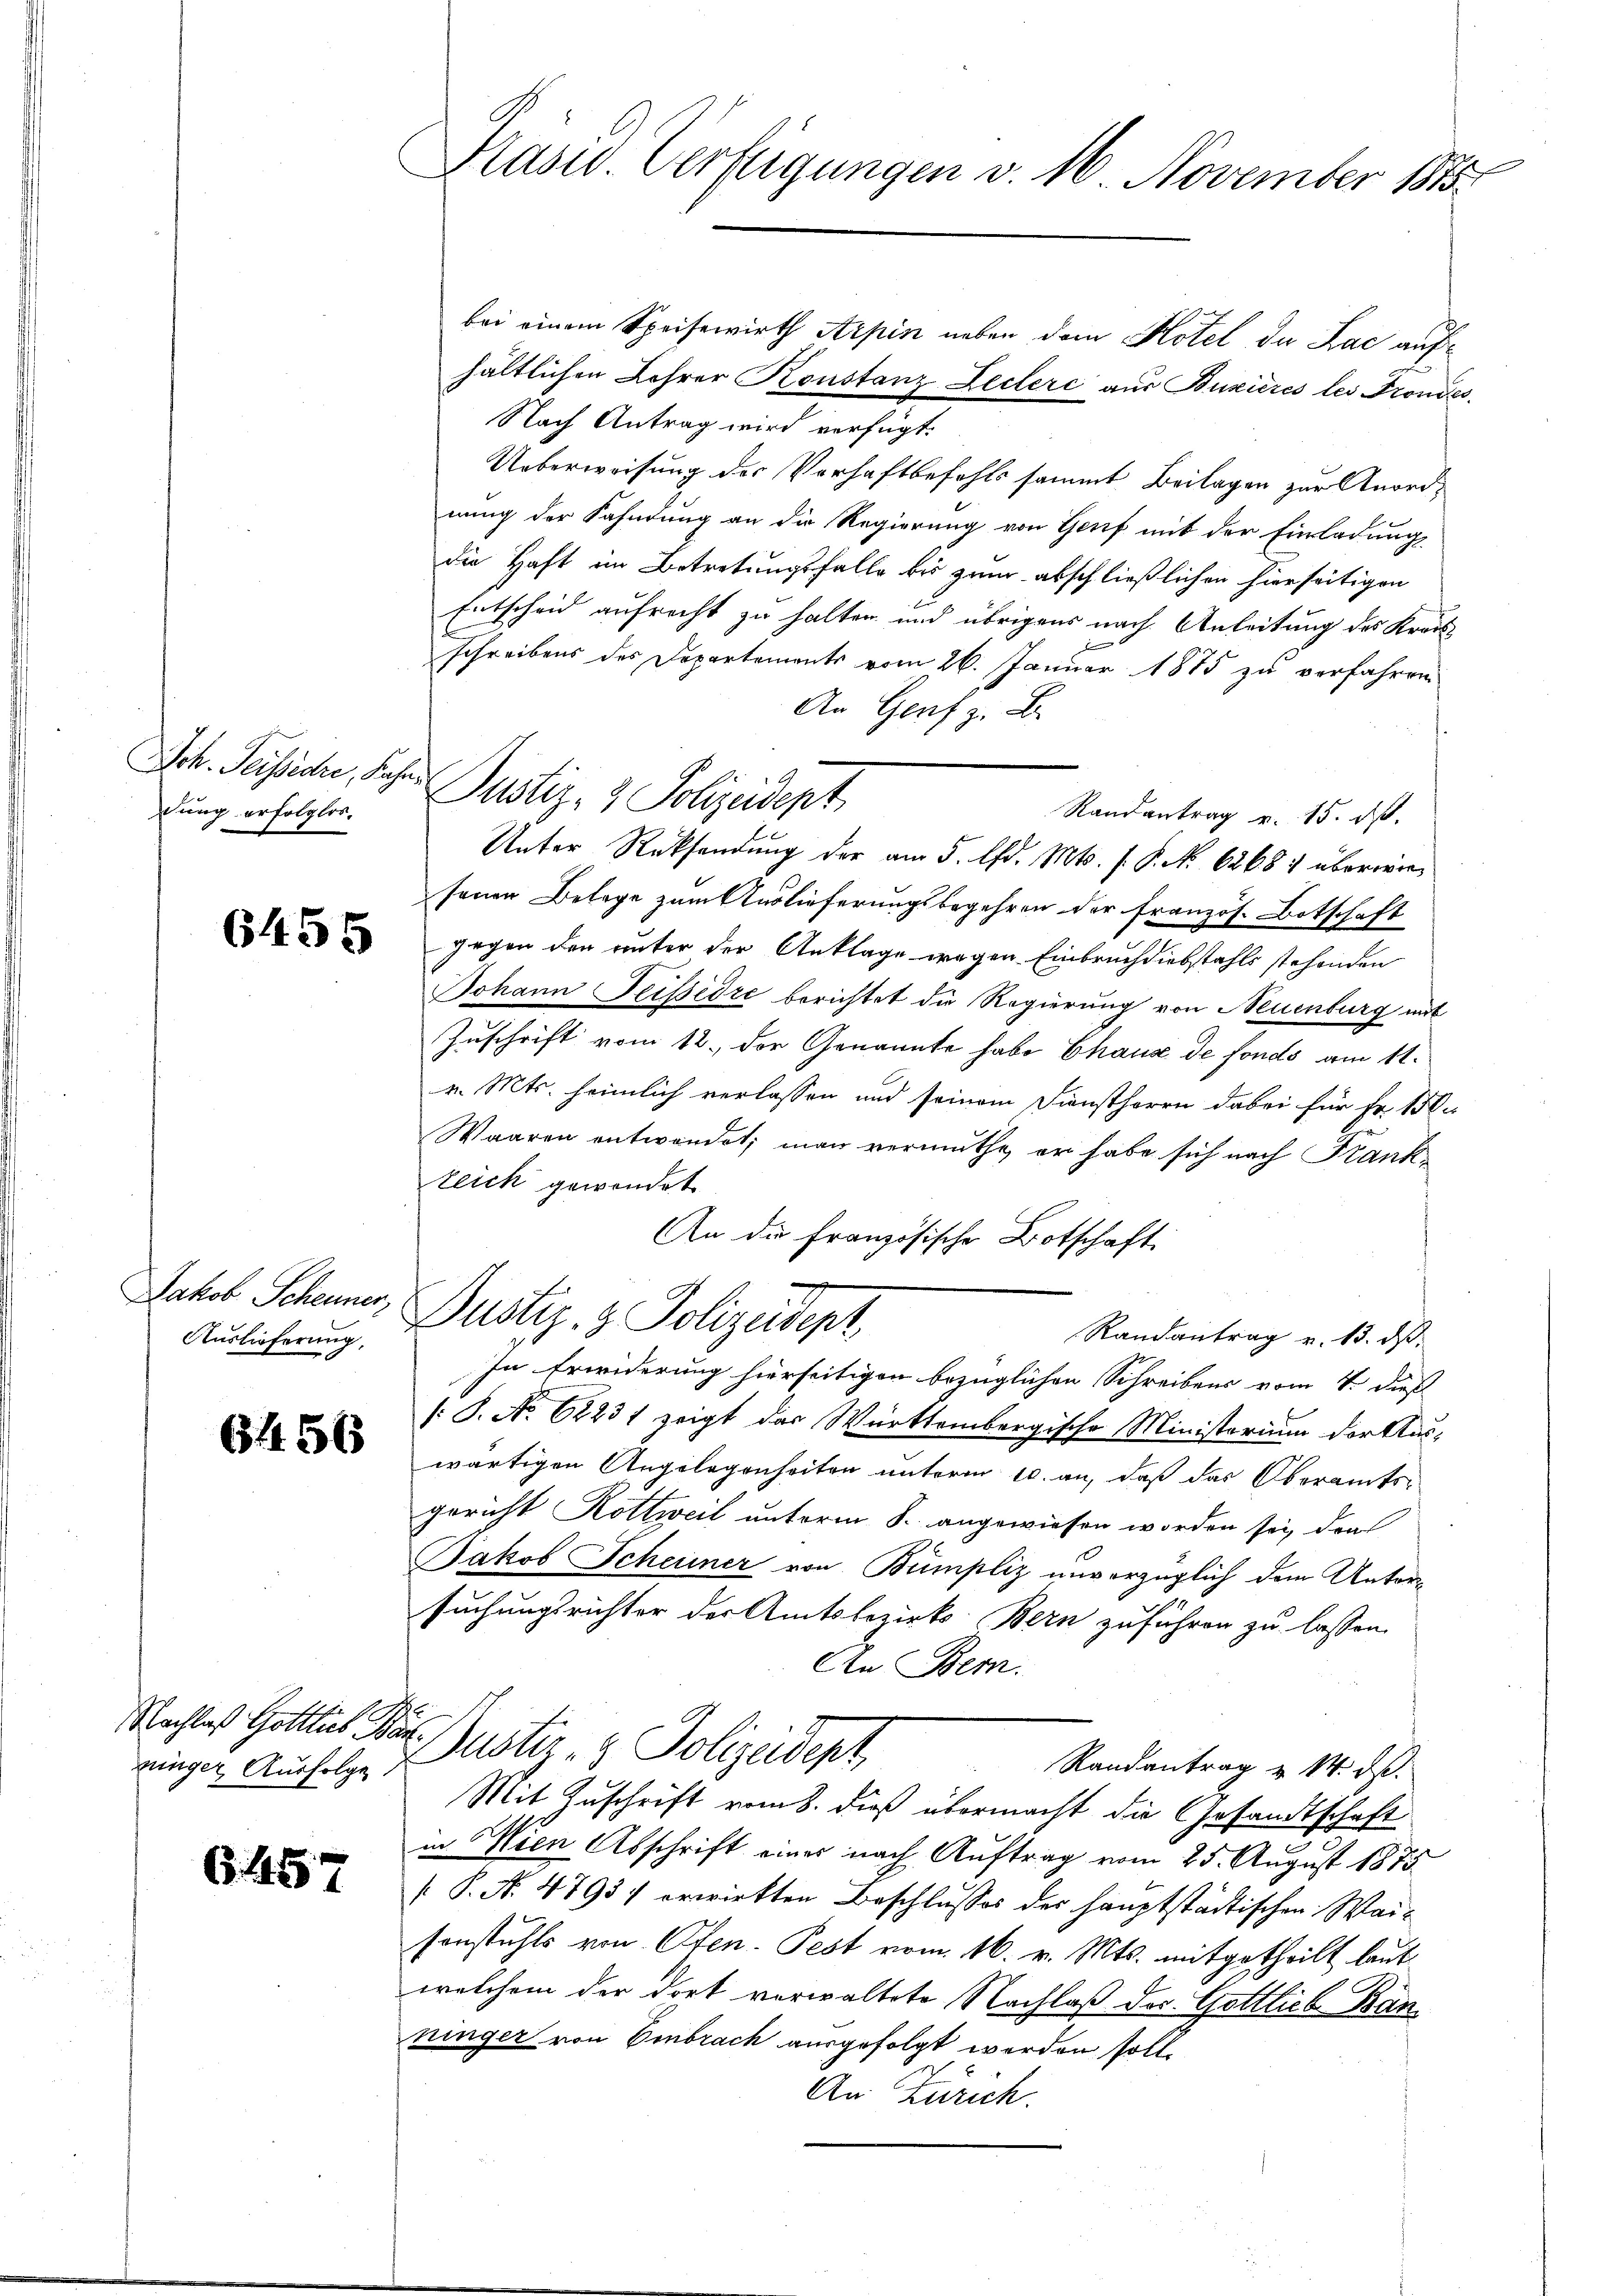
Sch. Seisseare, Kahndung erfolglos.

6455

Auslieferung,

6456

Nachlaß Gottlieb
ninger Ausfolge

6457

Präsid. Verfügungen v. 16 November M

bei einem Speisewirth Arpin neben dem Hotel de Lac aufhältlichen Lohrer Konstanz Lectere aus Buxières les Frondes
Nach Antrag wird verfügt:
Ueberweisung des Verhaftbefohls sammt Beilagen zur Anordnung der Fahndung an die Regierung von Genf mit der Einladung
die Haft im Betretungsfalle bis zum abschließlichen hierseitigen
Entscheid aufrecht zu halten und übrigens nach Anleitung des Kraus
schreibens des Departements vom 26. Januar 1875 zu verfahren
An Genf z. B.
Randantrag v. 15. d.
Unter Rücksendung der am 5. d. Mts. f. P. No 62684 überwiesenen Belege zum Auslieferungsbegehren der französ. Botschaft
gegen den unter der Anklage wegen Einbruch diebstahls stehenden
Johann Feissiore berichtet die Regierung von Neuenburg mit
Zuschrift vom 12. der Genannte habe Chause de fonds am 11.
v. Mts. heimlich verlassen und seinem Dienstherrn dabei für Fr. 150.
Waaren entwendet; man vermuthe, er habe sich nach Frank¬
Zeich gewendet
An die französische Botschaft
Jakob Scheiner Justiz- & Polizeidept,
Randantrag v. 13. ds.
In Erwiderung hierseitigen bezüglichen Schreibens vom 4. dieß
/: S. No. 62231 zeigt das Württembergische Ministerium der Aus-
wärtigen Angelegenheiten unterm 10. an, daß das Oberamtsgericht Kottweil unterm 8. angewiesen worden sei, dras
Jakob Scheiner von Bumpliz unverzüglich dem Untersuchungsrichter der Amtsbezirks Bern zuführen zu lassen.
An Bern.
f
Puster- & Polizeidept,
Randantrag v. M. ds.
Mit Zuschrift vom 8. dieß übermacht die Gesandtschaft
in Wien Abschrift einer nach Auftrag vom 25. August 1875
 P. N. 4793 erwirkten Beschlusses des hauptstädtischen Waisonstuhls von Ofen. Pest vom 16. v. Mts. mitgetheilt laut
welchem der dort verwaltete Nachlaß des Gottlieb Ban
ninger von Embrach ausgefolgt werden soll.
An Zürich.

Justiz- & Polizeidept